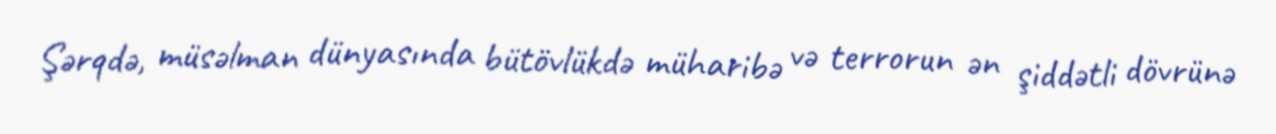
Şərqdə, müsəlman dünyasında bütövlükdə müharibə və terrorun ən şiddətli dövrünə